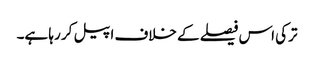
ترکی اس فیصلے کے خلاف اپیل کر رہا ہے۔